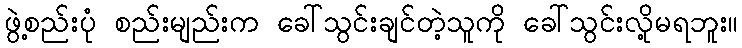
ဖွဲ့စည်းပုံ စည်းမျည်းက ခေါ်သွင်းချင်တဲ့သူကို ခေါ်သွင်းလို့မရဘူး။